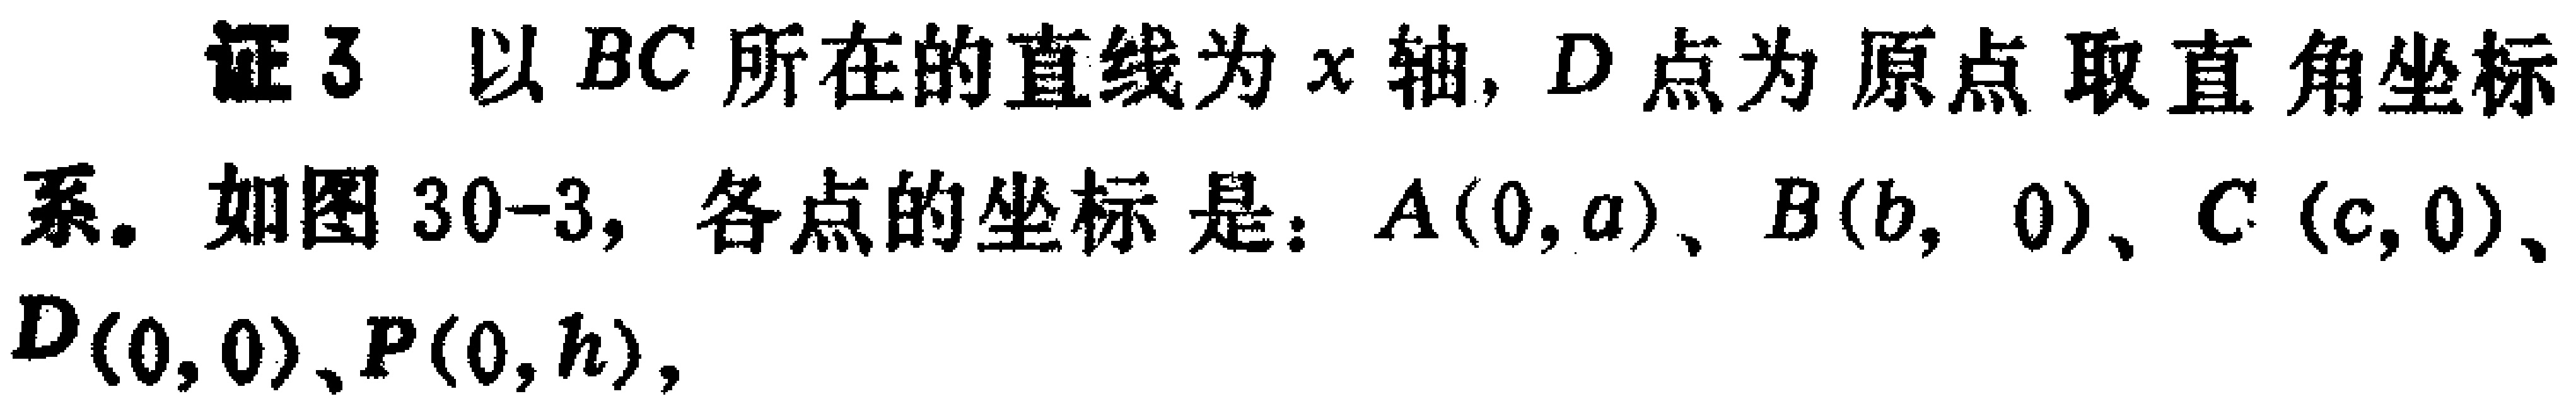
证3 以 \(BC\) 所在的直线为 \(x\) 轴, \(D\) 点为原点取直角坐标系. 如图 \(30 - 3\), 各点的坐标是：\(A(0,a)\)、\(B(b,0)\)、\(C(c,0)\)、\(D(0,0)\)、\(P(0,h)\),